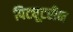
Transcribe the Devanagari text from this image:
पिट्यूटरीन